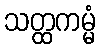
သတ္ထကမ္မံ